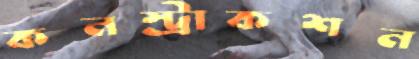
কনস্ট্রাকশন